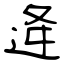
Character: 逄